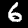
Label: 6